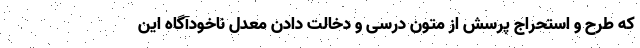
که طرح و استحراج پرسش از متون درسی و دخالت دادن معدل ناخودآگاه این